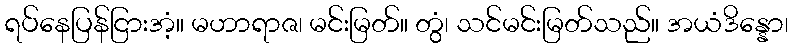
ရပ်နေပြန်ငြားအံ့။ မဟာရာဇ၊ မင်းမြတ်။ တွံ၊ သင်မင်းမြတ်သည်။ အယံဒိန္နော၊